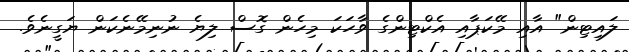
ލައިޓިން" އާއި މޭކަޕާއި އެކްޓިންގެ ވާހަކަ މިހެން ގޮސް ލިޔެ ނުނިމޭނެކަން ޔަގީނެވެ.